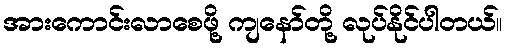
အားကောင်းလာစေဖို့ ကျနော်တို့ လုပ်နိုင်ပါတယ်။